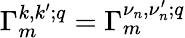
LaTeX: \Gamma_{m}^{k,k^{\prime};q}=\Gamma_{m}^{\nu_{n},\nu_{n}^{\prime};q}